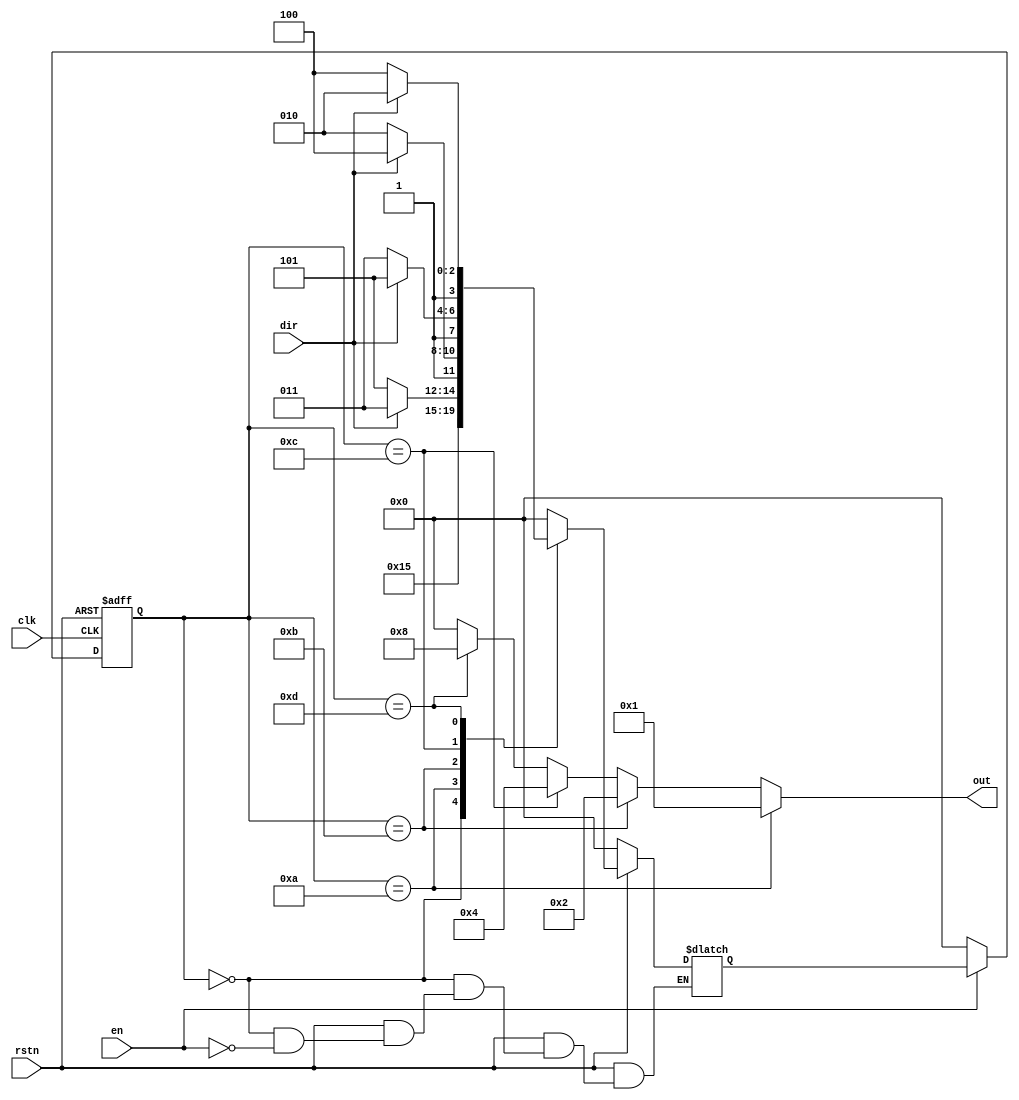
`timescale 1ns / 1ps

module fsm(
    input clk, rstn, en, dir,
    output wire [0:3]out
    );
    
    reg [0:3]state;
    reg [0:3]nstate;
    localparam ST_IDLE = 4'b0000;
    localparam ST_A = 4'b1010;
    localparam ST_B = 4'b1011;
    localparam ST_C = 4'b1100;
    localparam ST_D = 4'b1101;
    
    always @(posedge clk or negedge rstn) begin
        if (!rstn) begin
            state <= ST_IDLE;
        end
        else if (en == 0) begin
            state <= ST_IDLE;
        end
        else begin
            state <= nstate;
        end
    end
    
    always @(*) begin
        if (!rstn) begin
            nstate = ST_IDLE;
        end
        else begin
            case(state)
            ST_IDLE : begin
                if (en == 1) begin
                    nstate = ST_A;
                end
            end
            ST_A : begin
                if (dir == 1) begin
                    nstate = ST_B;
                end
                else begin
                    nstate = ST_D;
                end
            end
            ST_B : begin
                if (dir == 1) begin
                    nstate = ST_C;
                end
                else begin
                    nstate = ST_A;
                end
            end
            ST_C : begin
                if (dir == 1) begin
                    nstate = ST_D;
                end
                else begin
                    nstate = ST_B;
                end
            end
            ST_D : begin
                if (dir == 1) begin
                    nstate = ST_A;
                end
                else begin
                    nstate = ST_C;
                end
            end
            default : begin
                nstate = ST_IDLE;
            end
            endcase
        end
    end
    
    assign out = (state == ST_A) ? 4'b0001 :
            (state == ST_B) ? 4'b0010 :
            (state == ST_C) ? 4'b0100 :
            (state == ST_D) ? 4'b1000 : 4'b0000;
endmodule